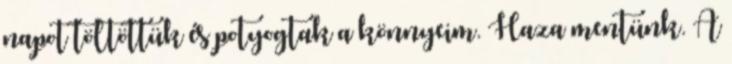
napot töltöttük és potyogtak a könnyeim. Haza mentünk. A